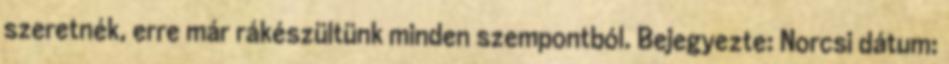
szeretnék, erre már rákészültünk minden szempontból. Bejegyezte: Norcsi dátum: